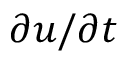
\partial \boldsymbol u / \partial t